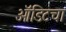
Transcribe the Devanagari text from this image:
ऑडिटचा